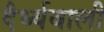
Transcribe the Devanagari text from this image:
दैर्ध्यवाली